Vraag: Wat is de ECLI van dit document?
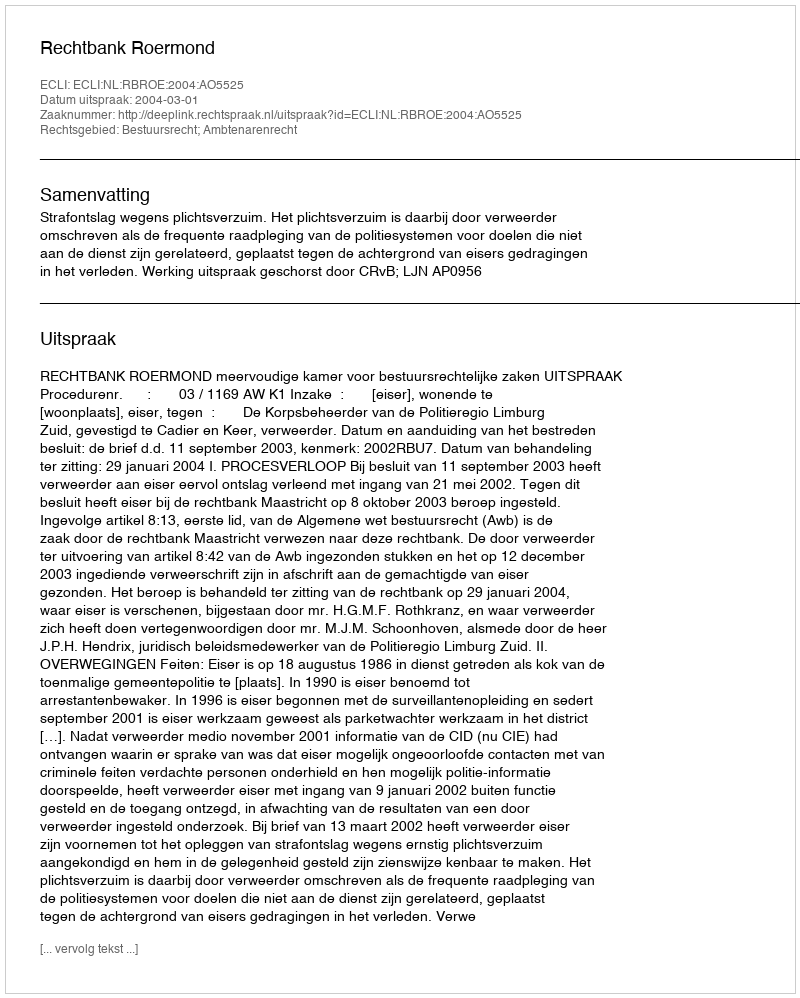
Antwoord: ECLI:NL:RBROE:2004:AO5525